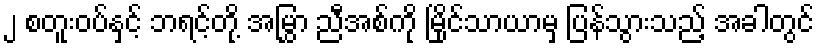
၂ စတူးဝပ်နှင့် ဘရင့်တို့ အမြွှာ ညီအစ်ကို မြိုင်သာယာမှ ပြန်သွားသည့် အခါတွင်